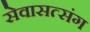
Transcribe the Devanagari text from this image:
सेवासत्संग